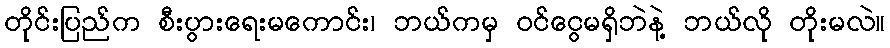
တိုင်းပြည်က စီးပွားရေးမကောင်း၊ ဘယ်ကမှ ဝင်ငွေမရှိဘဲနဲ့ ဘယ်လို တိုးမလဲ။